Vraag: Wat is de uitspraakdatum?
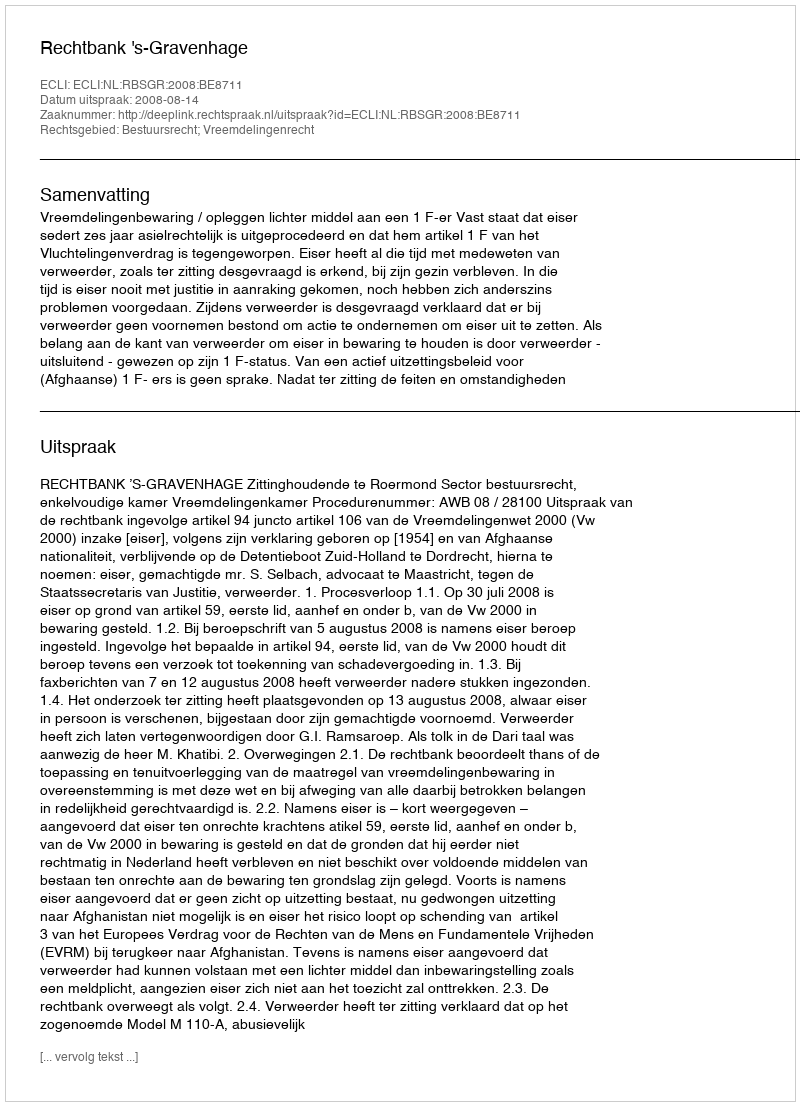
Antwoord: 2008-08-14